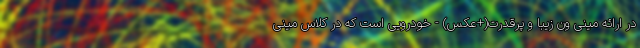
در ارائه مینی ون زیبا و پرقدرت(+عکس) - خودرویی است که در کلاس مینی